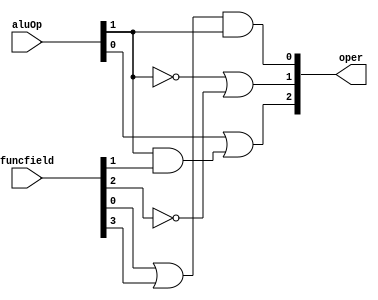
module aluCU( oper, aluOp, funcfield );
    
    input [1:0] aluOp;
    input [3:0] funcfield;
    output [2:0] oper;

    assign oper[0] = (funcfield[0] | funcfield[3]) & aluOp[1];
    assign oper[1] = ((~aluOp[1]) | (~funcfield[2]));
    assign oper[2] = (aluOp[0] | ( aluOp[1] & funcfield[1] ));

endmodule